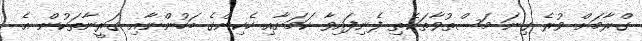
ގްރާމަށް ވުރެ ގިނަ މަސްތުވާތަކެތި ފެނިފައިވާ ކަމަށާއި ހެކިންގެ ބަހުންނާއި ގަރީނާތަކުން އެ